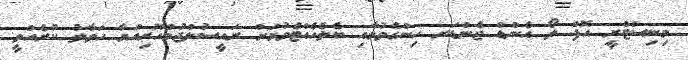
މިނިސްޓްރީ އޮފް ލޯ އެންޑް ޖެންޑަރ ހިންގެވުމާއި ބެލެހެއްޓެވުމަށް ރައީސުލްޖުމްހޫރިއްޔާ ހަވާލު ކުރެއްވީ